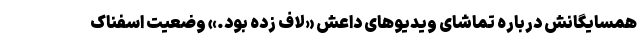
همسایگانش درباره تماشای ویدیوهای داعش «لاف زده بود.» وضعیت اسفناک